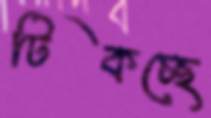
টিকচ্ছে